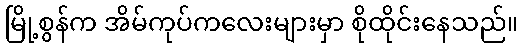
မြို့စွန်က အိမ်ကုပ်ကလေးများမှာ စိုထိုင်းနေသည်။